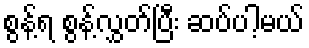
စွန့်ရ စွန့်လွှတ်ပြီး ဆပ်ပါ့မယ်